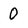
Character: 0